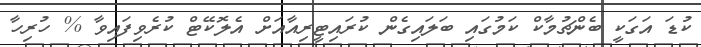
ކުޑަ އަގަކީ ބެންޗުމާކް ކަމުގައި ބަލައިގެން ކުރައިޓީރިއާއަށް އެލޮކޭޓް ކުރެވިފައިވާ % ހުރިހާ